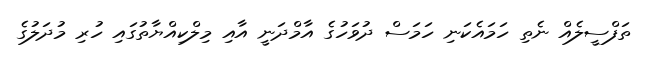
ތަފްސީލެއް ނެތި ހަމައެކަނި ހަމަސް ދުވަހުގެ އާމްދަނީ އާއި މިލްކިއްޔާތުގައި ހުރި މުދަލުގެ